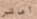
أعاشر